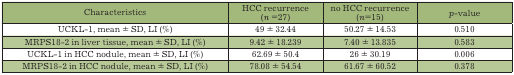
<table><thead><tr><td><b>Characteristics</b></td><td><b>HCC recurrence(n =27) </b></td><td><b>no HCC recurrence(n=15) </b></td><td><b>p-value</b></td></tr></thead><tbody><tr><td>UCKL-1, mean ± SD, LI (%)</td><td>49 ± 32.44</td><td>50.27 ± 14.53</td><td>0.510</td></tr><tr><td>MRPS18-2 in liver tissue, mean ± SD, LI (%)</td><td>9.42 ± 18.239</td><td>7.40 ± 13.835</td><td>0.583</td></tr><tr><td>UCKL-1 in HCC nodule, mean ± SD, LI (%)</td><td>62.69 ± 50.4</td><td>26 ± 30.19</td><td>0.006</td></tr><tr><td>MRPS18-2 in HCC nodule, mean ± SD, LI (%)</td><td>78.08 ± 54.54</td><td>61.67 ± 60.52</td><td>0.378</td></tr></tbody></table>